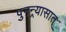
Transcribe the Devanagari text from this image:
पुनन्र्यासात्